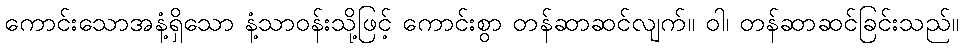
ကောင်းသောအနံ့ရှိသော နံ့သာဝန်းသို့ဖြင့် ကောင်းစွာ တန်ဆာဆင်လျက်။ ဝါ၊ တန်ဆာဆင်ခြင်းသည်။